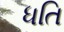
ધતિ